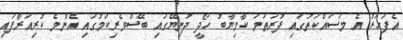
އެފަހަރު އެ މަސައްކަތުގައި ފުރަތަމަ ކާމިޔާބު ހޯދީ ދުނިޔޭގައި ބޭސްވެރިކަމުގައި އެންމެ ކުރިއަރާފައި